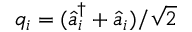
q _ { i } = ( \hat { a } _ { i } ^ { \dagger } + \hat { a } _ { i } ) / \sqrt { 2 }